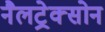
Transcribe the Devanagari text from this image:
नैलट्रेक्सोन